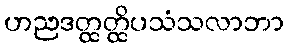
ဟညဒတ္ထတ္ထိပသံသလာဘာ